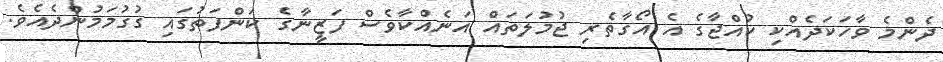
ދެންމެ ވާހަކަދެއްކި ކުއްޖާގެ އެ އޯގާތެރި ޖުމުލަތައް އަނެއްކާވެސް ފަޒީނާގެ ކަންފަތުގައި ގުގުމަމުންދެއެވެ.